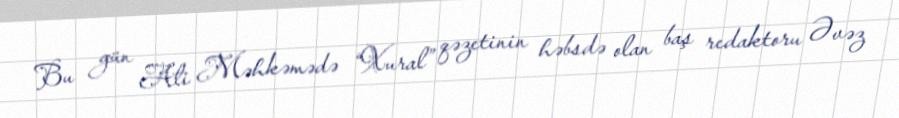
Bu gün Ali Məhkəmədə “Xural” qəzetinin həbsdə olan baş redaktoru Əvəz